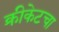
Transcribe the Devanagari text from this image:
क्रीकेटचा